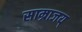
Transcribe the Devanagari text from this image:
साम्राजय्